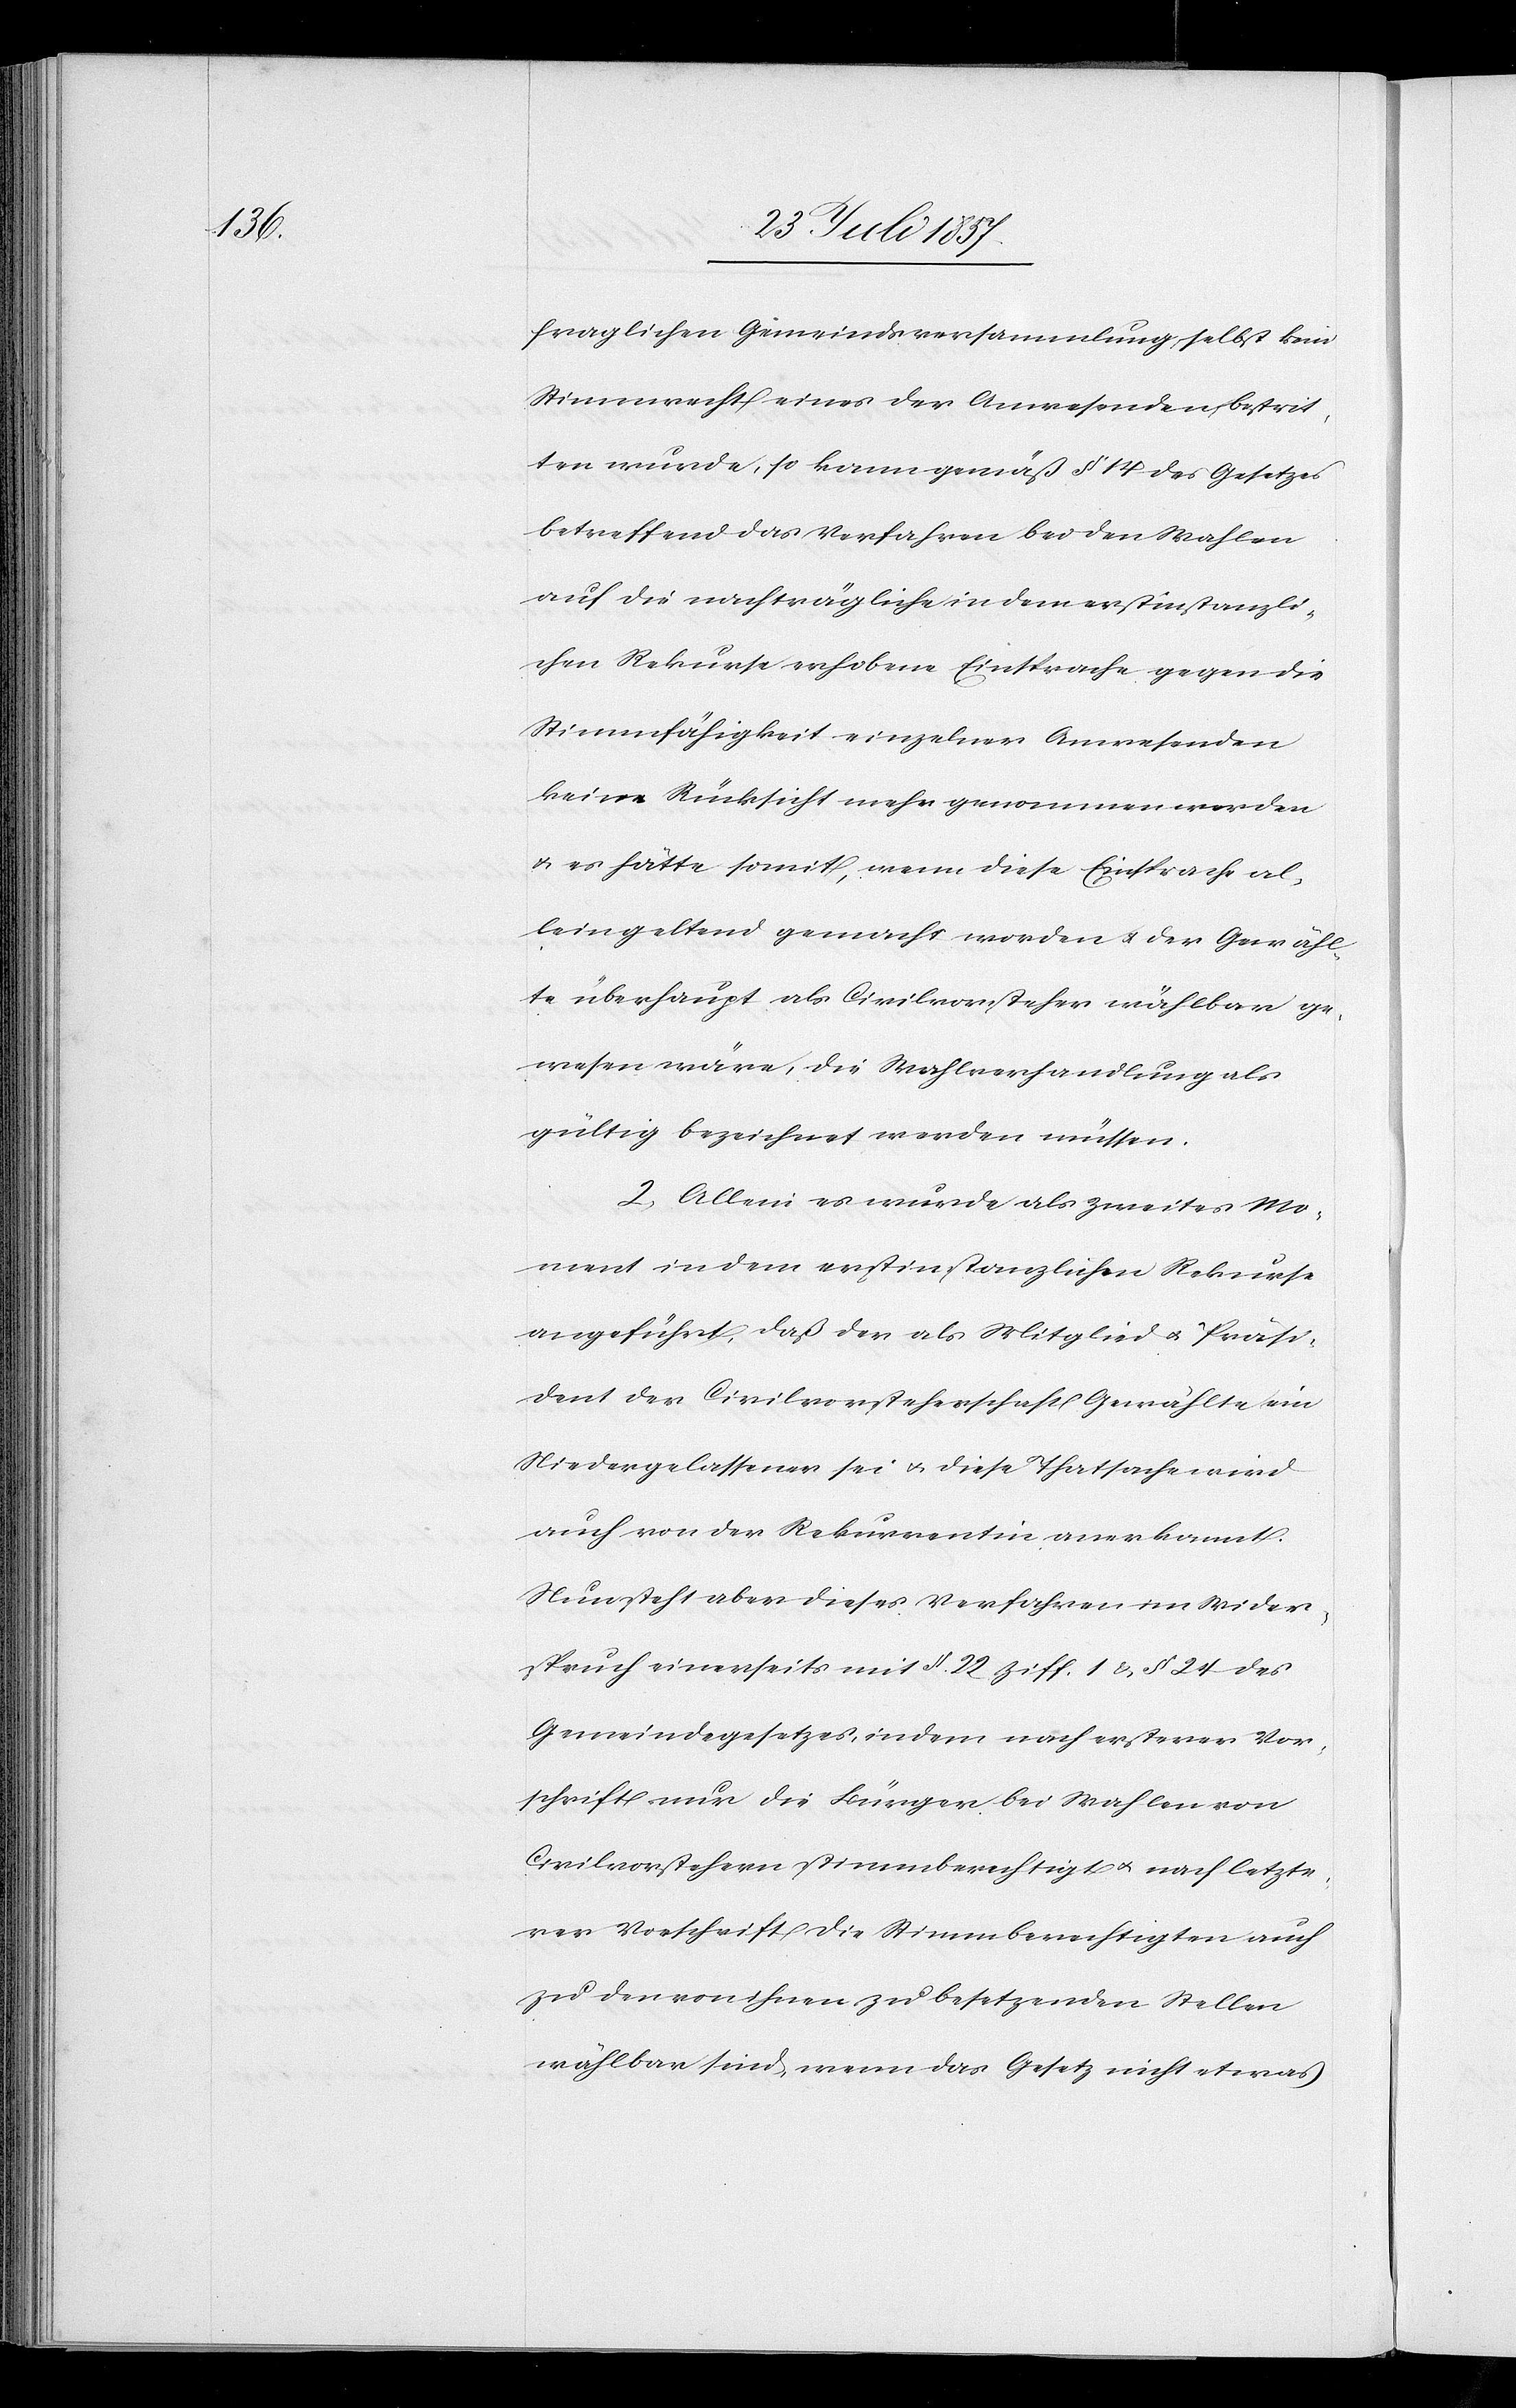
fraglichen Gemeindsversammlung selbst kein
Stimmrecht eines der Anwesenden bestrit¬
ten wurde, so kann gemäß § 14 des Gesetzes
betreffend das Verfahren bei den Wahlen
auf die nachträgliche in dem erstinstanzli¬
chen Rekurse erhobene Einsprache gegen die
Stimmfähigkeit einzelner Anwesenden
keine Rücksicht mehr genommen worden
& es hätte somit, wenn diese Einsprache al¬
lein geltend gemacht worden & der Gewähl¬
te überhaupt als Civilvorsteher wählbar ge¬
wesen wäre, die Wahlverhandlung als
gültig bezeichnet werden müssen.
2. Allein es wurde als zweites Mo¬
ment in dem erstinstanzlichen Rekurse
angeführt, daß der als Mitglied & Präsi¬
dent der Civilvorsteherschaft Gewählte ein
Niedergelassener sei & diese Thatsache wird
auch von der Rekurrentin anerkannt.
Nun steht aber dieses Verfahren im Wider¬
spruch einerseits mit § 22 Ziff. 1 & § 24 des
Gemeindegesetzes, indem nach ersterer Vor¬
schrift nur die Bürger bei Wahlen von
Civilvorstehern stimmberechtigt & nach letzte¬
rer Vorschrift die Stimmberechtigten auch
zu den von ihnen zu besetzenden Stellen
wählbar sind, wenn das Gesetz nicht etwas